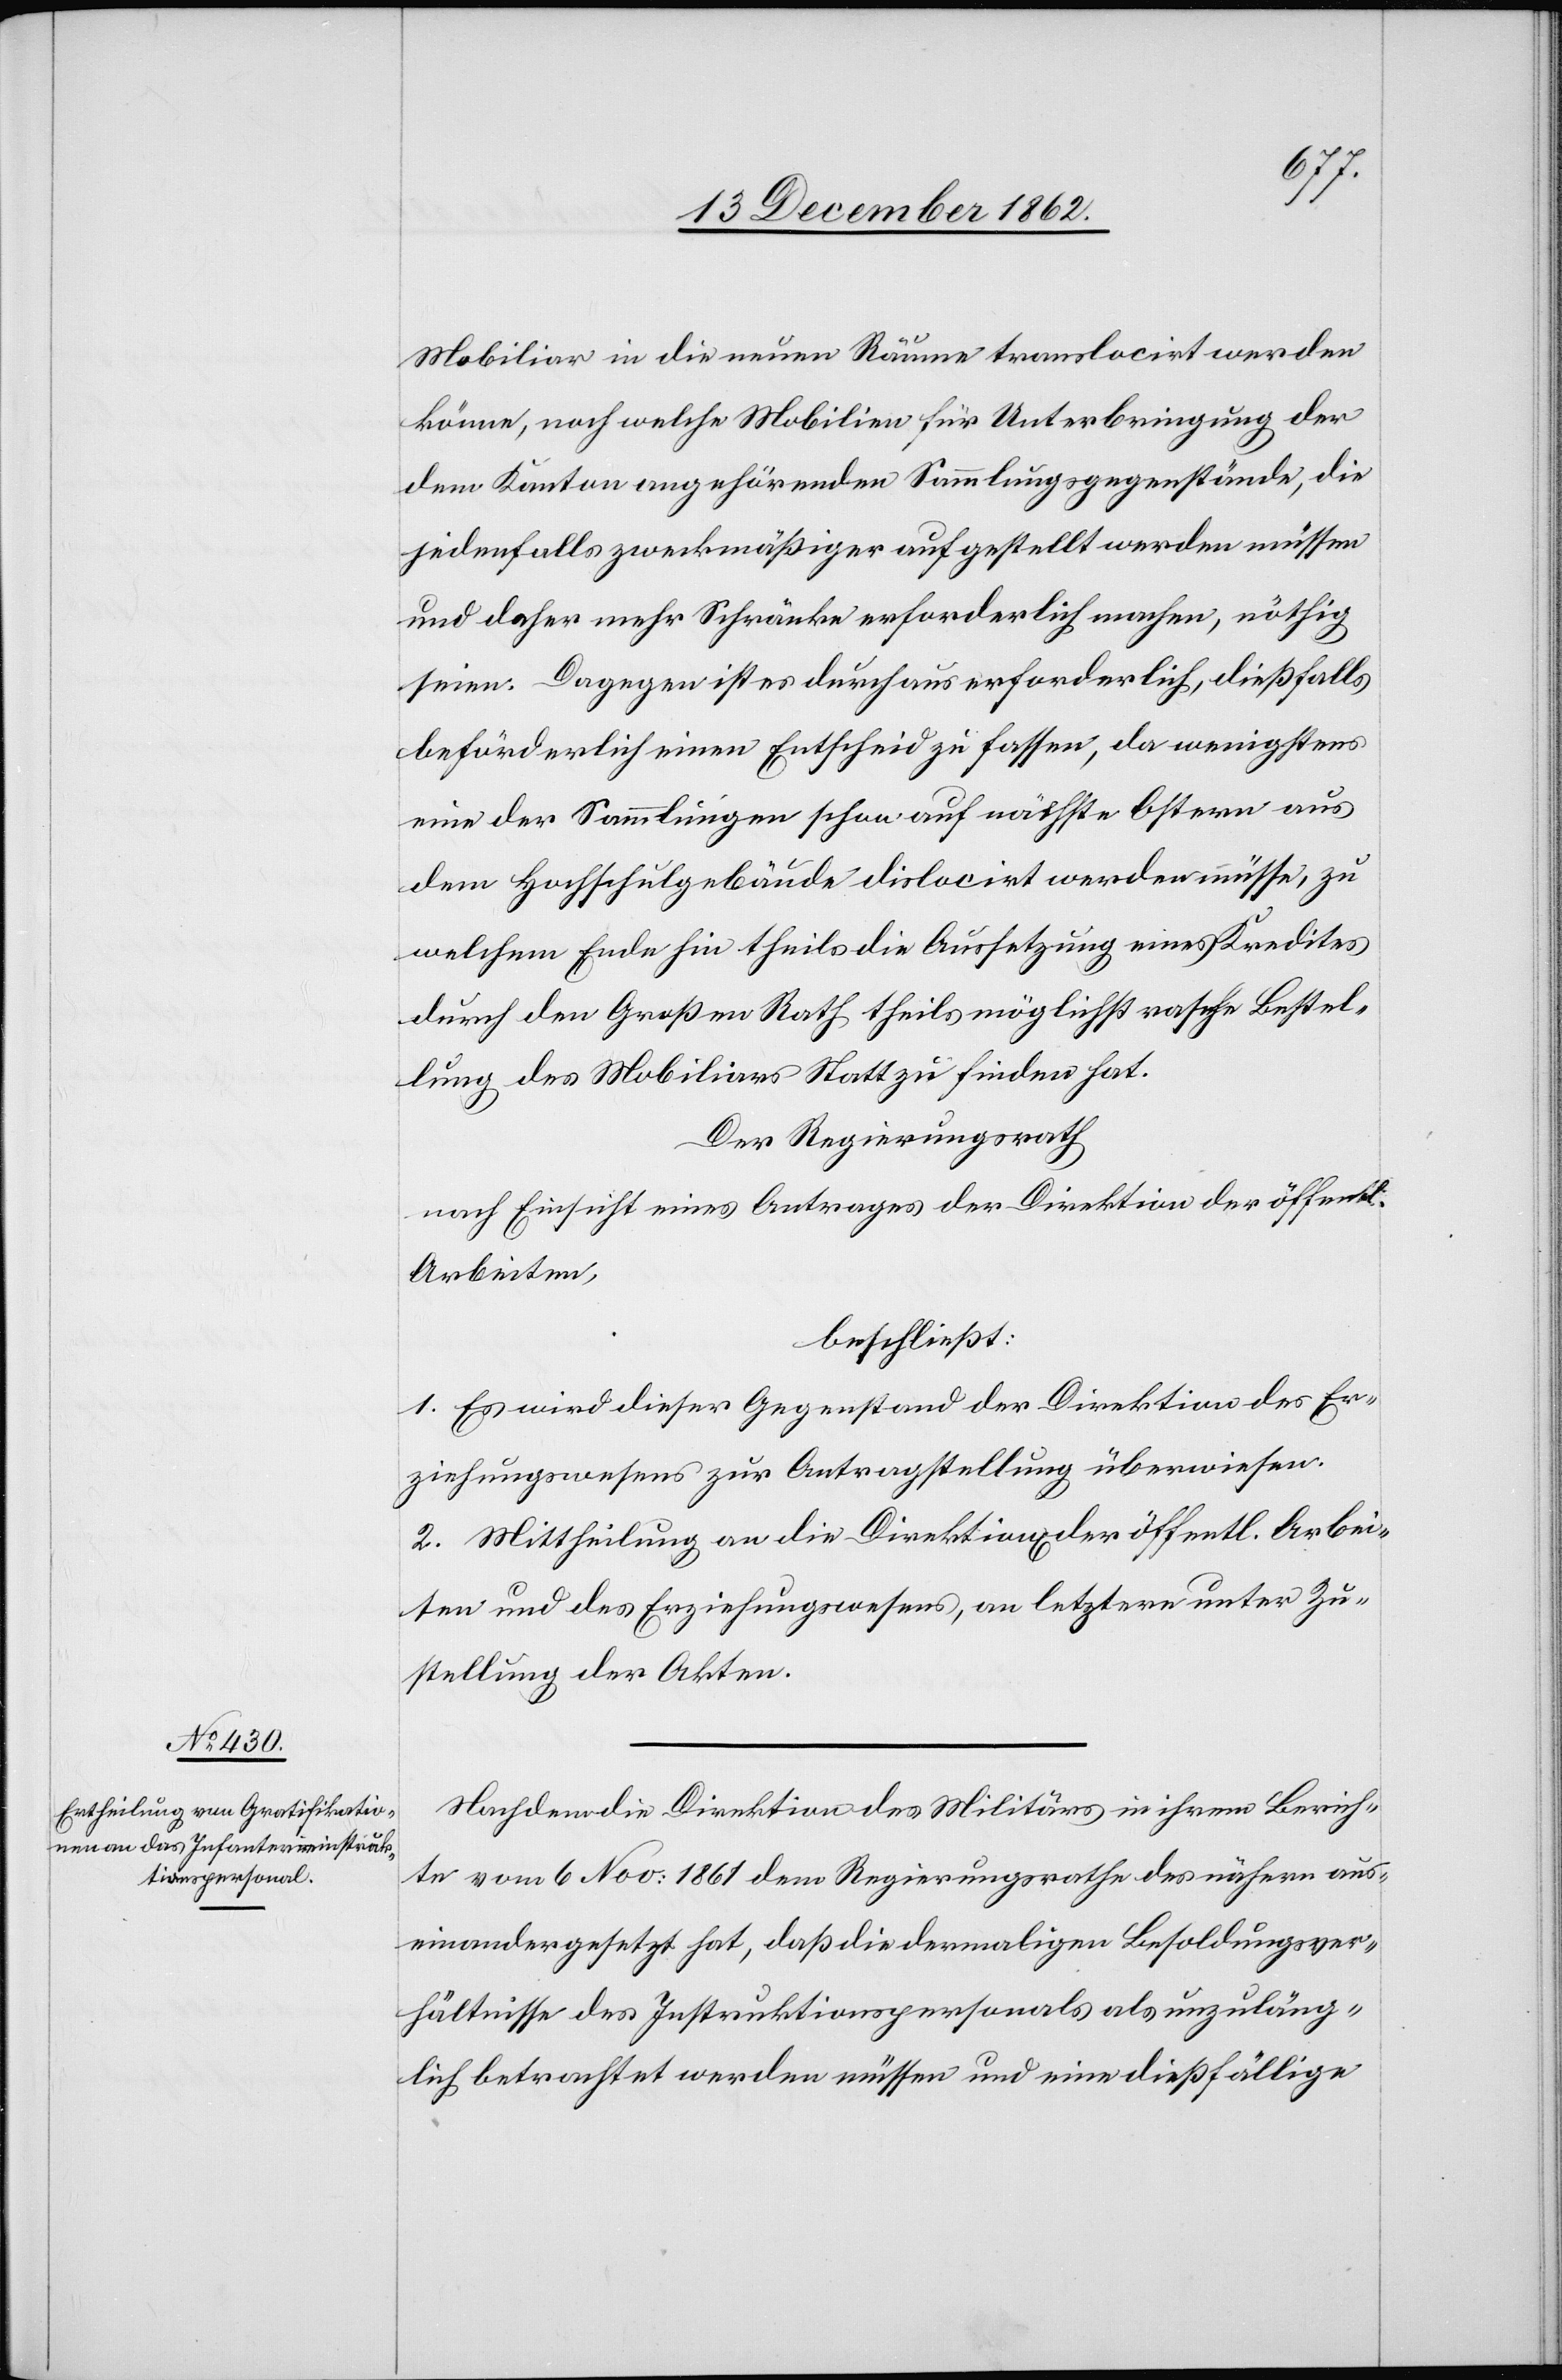
Mobiliar in die neuen Räume translocirt werden
könne, noch welche Mobilien für Unterbringung der
dem Kanton angehörenden Sammlungsgegenstände, die
jedenfalls zweckmäßiger aufgestellt werden müssen
und daher mehr Schränke erforderlich machen, nöthig
seien. Dagegen ist es durchaus erforderlich, dießfalls
beförderlich einen Entscheid zu fassen, da wenigstens
eine der Sammlungen schon auf nächste Ostern aus
dem Hochschulgebäude dislocirt werden müsse, zu
welchem Ende hin theils die Aussetzung eines Kredites
durch den Großen Rath theils möglichst rasche Bestel¬
lung des Mobiliars Statt zu finden hat.
Der Regierungsrath
nach Einsicht eines Antrages der Direktion der öffentl.
Arbeiten,
beschließt:
1. Es wird dieser Gegenstand der Direktion des Er¬
ziehungswesens zur Antragstellung überwiesen.
2. Mittheilung an die Direktion[en] der öffentl. Arbei¬
ten u. des Erziehungswesens, an letztere unter Zu¬
stellung der Akten.
Nachdem die Direktion des Militärs in ihrem Berich¬
te vom 6. Nov: 1861 dem Regierungsrathe des nähern aus¬
einandergesetzt hat, daß die dermaligen Besoldungsver¬
hältnisse des Instruktionspersonals als unzuläng¬
lich betrachtet werden müssen und eine dießfällige